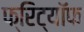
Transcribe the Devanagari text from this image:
फ्रिट्यॉफ